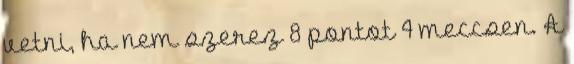
vetni, ha nem szerez 8 pontot 4 meccsen. A